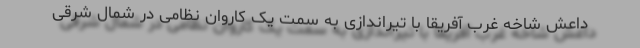
داعش شاخه غرب آفریقا با تیراندازی به سمت یک کاروان نظامی در شمال شرقی